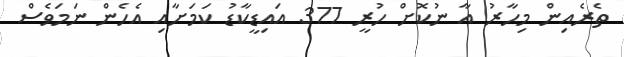
ތެރެއިން މިހާރު އާ ނުކޮށް ހުރީ 377 އައިޑީކާޑު ކަމަށާއި އެހެން ނަމަވެސް